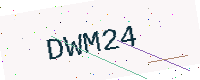
Text: DWM24